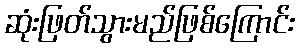
ဆုံးဖြတ်သွားမည်ဖြစ်ကြောင်း